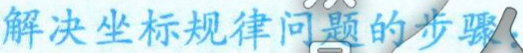
解决坐标规律问题的步骤